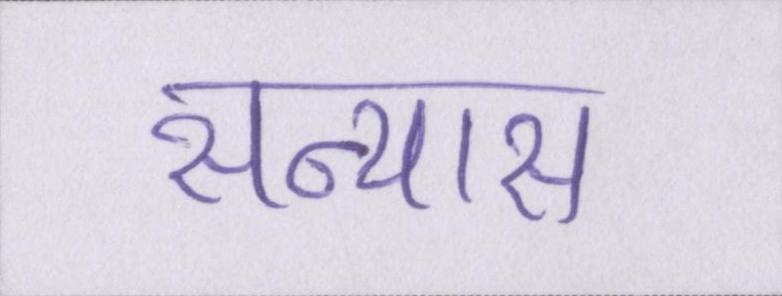
सन्यास